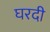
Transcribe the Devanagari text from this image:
घरदी